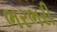
ભરભરી